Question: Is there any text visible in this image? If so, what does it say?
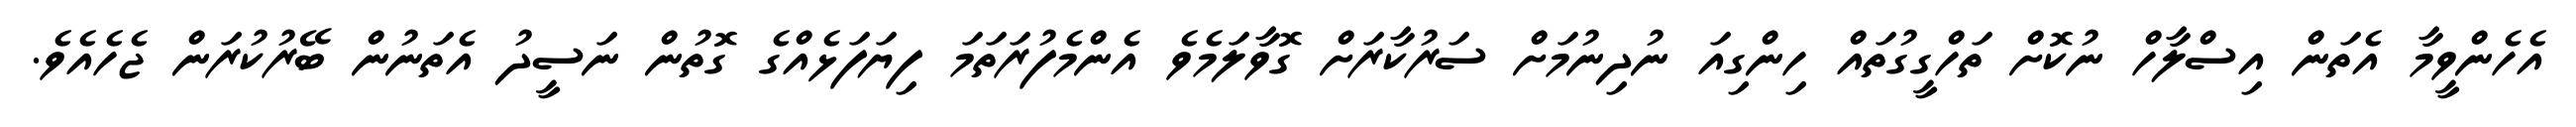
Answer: އެހެންވީމާ އެތަން އިސްލާހް ނުކޮށް ތަހްގީގުތައް ހިންގިއަ ނުދިނުމަށް ސަރުކާރަށް ގޮވާލަމެވެ އެންމެފުރަތަމަ ފިޔަފަޅެއްގެ ގޮތުން ނަސީދު އެތަނުން ބޭރުކުރަން ޖެހެއެވެ.